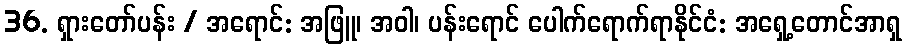
36. ရှားတော်ပန်း / အရောင်: အဖြူ၊ အဝါ၊ ပန်းရောင် ပေါက်ရောက်ရာနိုင်ငံ: အရှေ့တောင်အာရှ